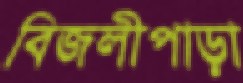
বিজলীপাড়া